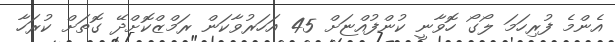
އެންމެ ފުރިހަމަ ލޯގޯ ހޮވާނީ ކުންފުއްޏަށް 45 އަހަރުވާކަން ރަމްޒްކޮށްދޭ ގޮތަށް ކުރަހާ